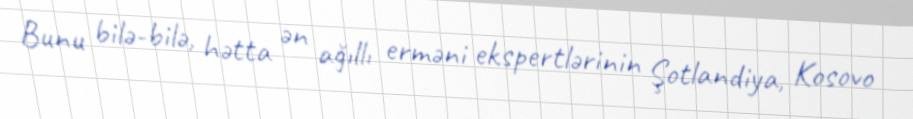
Bunu bilə-bilə, hətta ən ağıllı erməni ekspertlərinin Şotlandiya, Kosovo